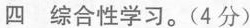
四 综合性学习。(4分)